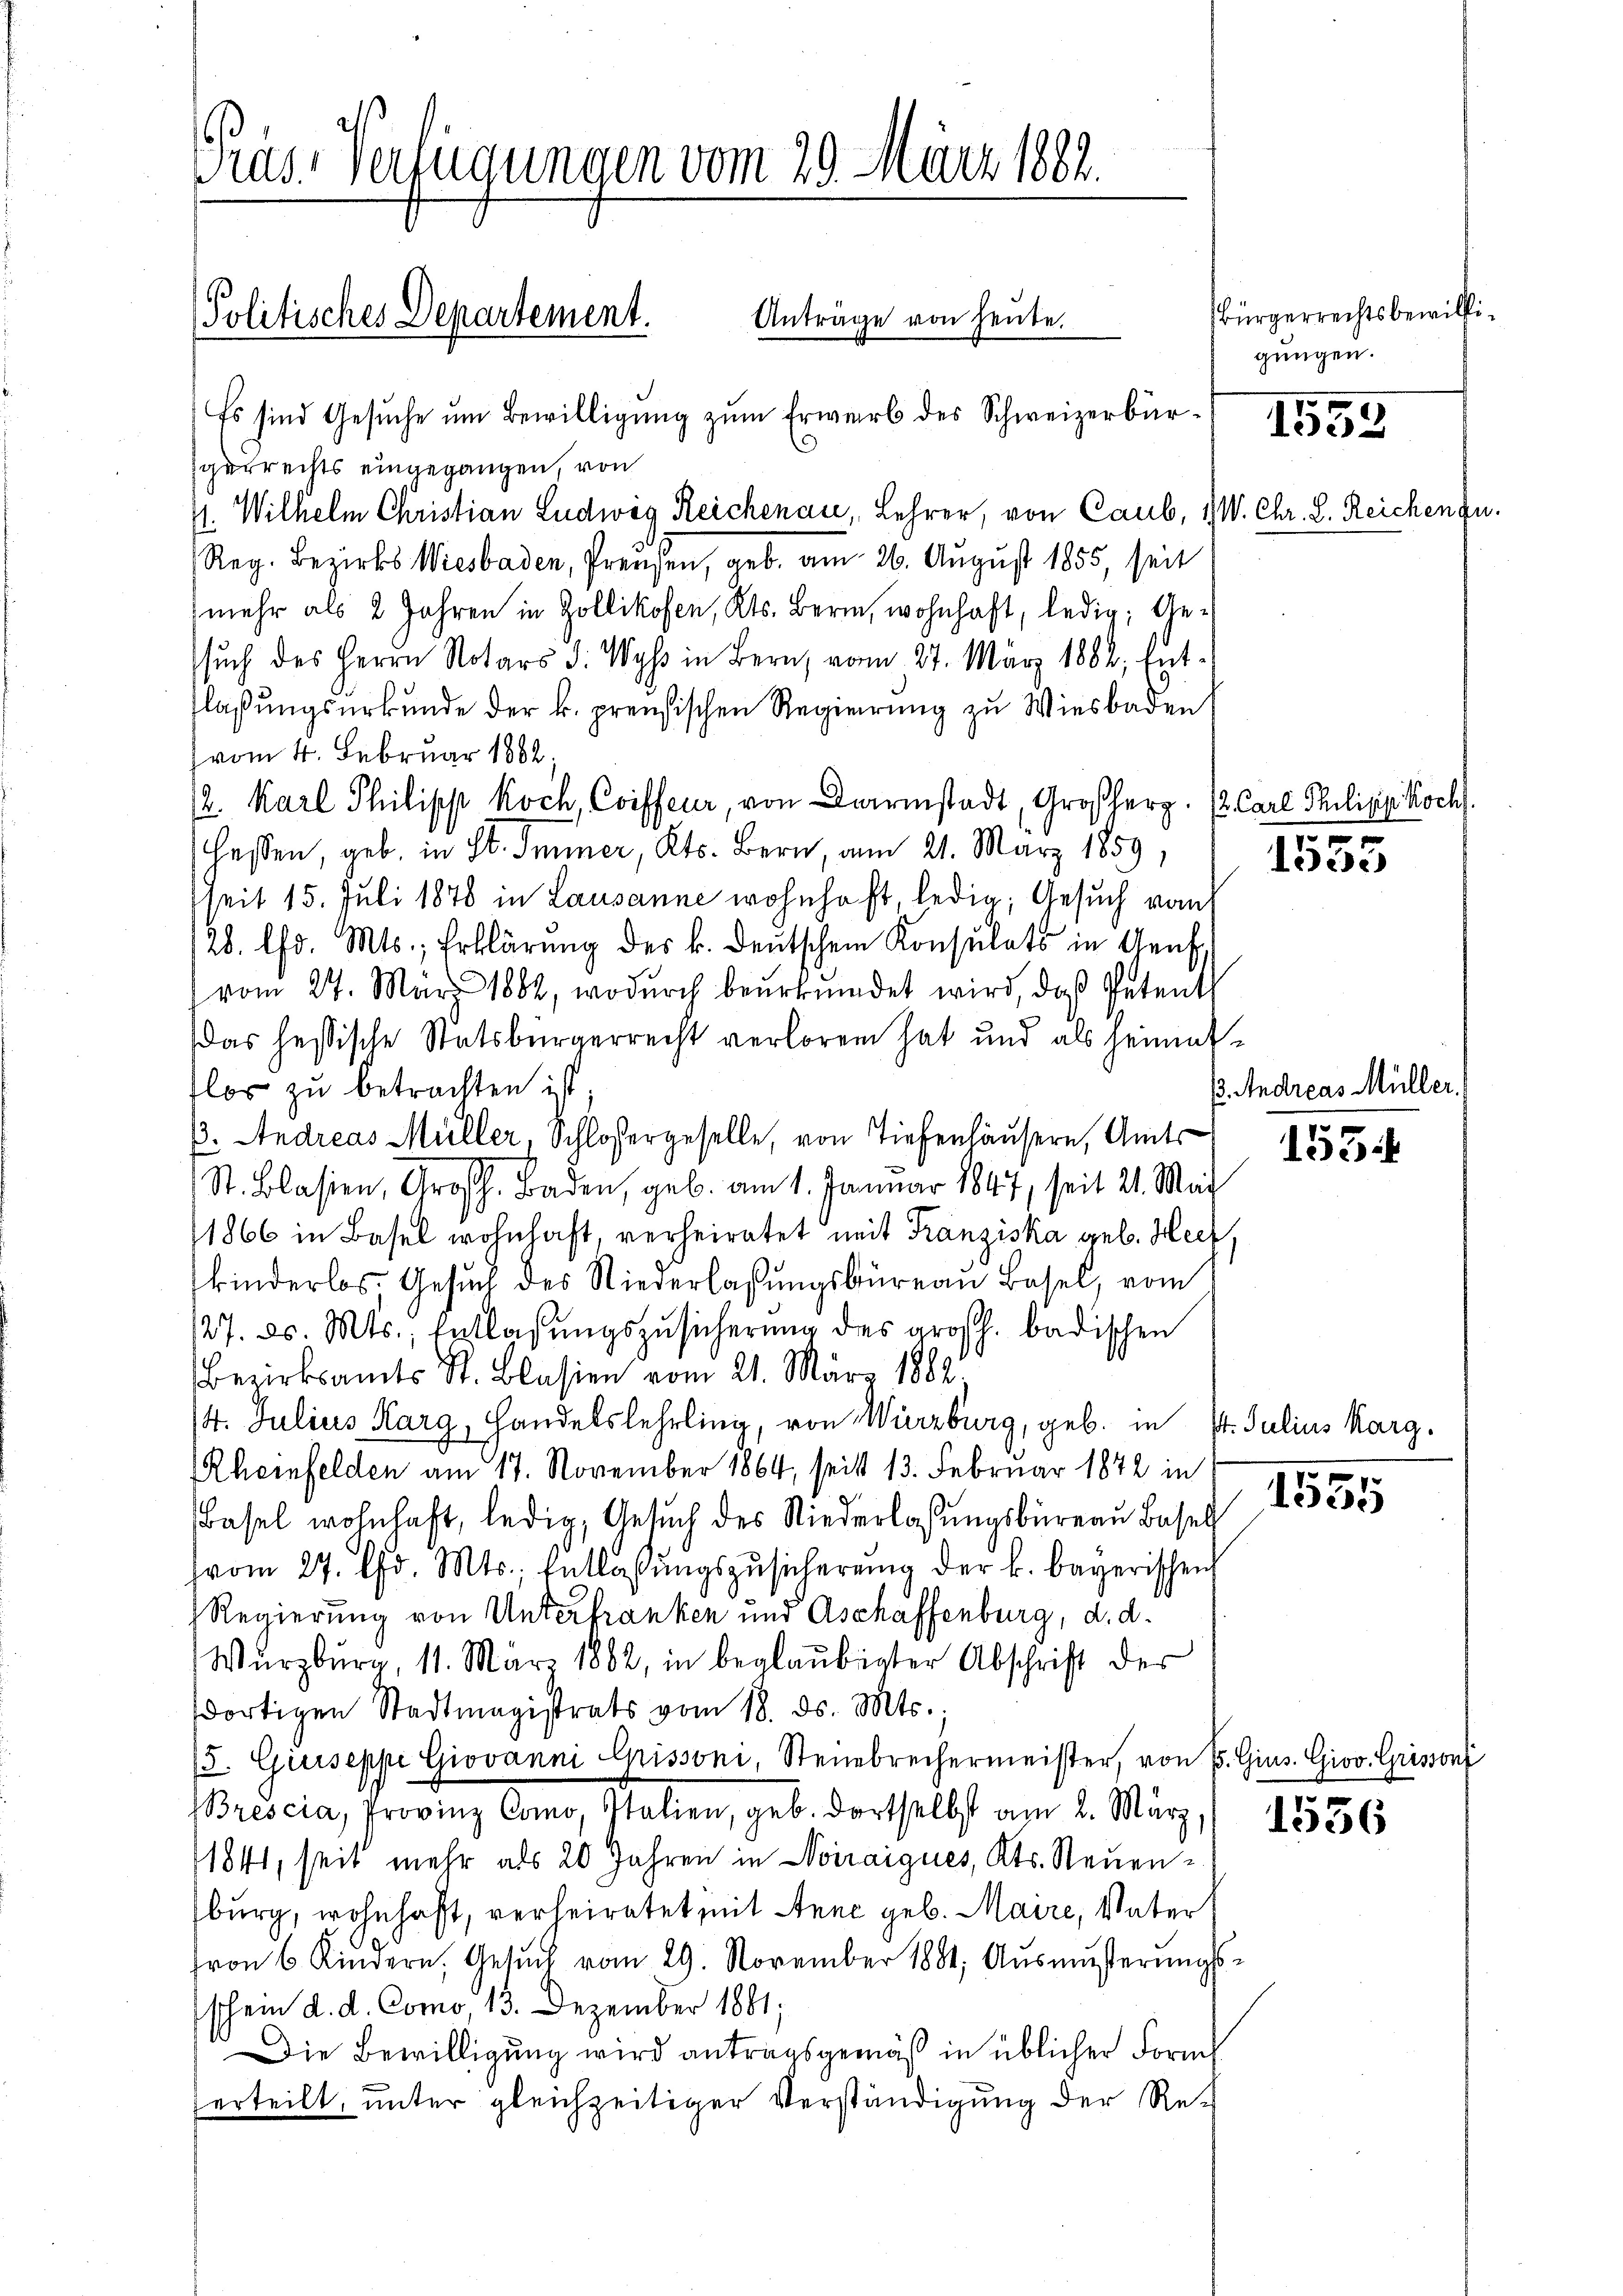
Pras. Verfügungen vom 29. März 1882.

Anträge von heute.
Politisches Departement.

Es sind Gesuche um Bewilligung zum Erwerb des Schweizerbür
gerrechts eingegangen, von
4. Wilhelm Christian Ludwig Reichenau, Lehrer, von Caub, 1 V. Chr. L. Reichen zu.
Reg. Bezirks Wiesbaden, Prenzen, geb. am 26. August 1855, seit
mehr als 2 Jahren in Zollikofen, Kts. Bern, wohnhaft, ledig; Ge-
such des Herrn Notars v. Wyss in Bern, vom 27. März 1882, Entlaßungsurkunde der k. preußischen Regierung zu Wiesbaden,
vom 4. Februar 1882,
12. Karl Philipp Koch, Coiffeur, von Darmstadt, Großherz. 12. Carl Philipp Koch
Hessen, geb. in St. Immer, Kts. Bern, am 21. März 1859,
seit 15. Juli 1876 in Lausanne wohnhaft, ledig, Gesuch vom
128. lfd. Mts., Erklärung des k. deutschen Konsulats in Genf,
vom 24. März 1882, wodŭrch beŭrkŭndet wird, daß Petenth
Das hessische Statsbürgerrecht verloren hat und als heimattlos zu betrachten ist
p. Andreas Müller, Schlossergeselle, von Tiefenhäusern, Amts
St. Blasien, Großh. Baden, geb. am 1. Januar 1847, seit 21. Mai
1866 in Basel wohnhaft, verheiratet mit Franziska geb. Herz,
kinderlos, Gesŭch des Niederlassŭngsbureau Basel, vom
127. ds. Mts., Entlaßungszusicherung des großh. badischen
Bezirksamts St. Blasien vom 21. März 1882.
/4. Julius Marg, Handelslehrling, von Würzburg, geb. in P. Julius karg.
Rheinfelden am 17. November 1864, seit 13. Februar 1872 in
Basel wohnhaft, ledig, Gesuch des Niederlassungsbüreau Basel
vom 27. Chr. Mts. Entlassŭngszŭsicherŭng der k. bayerischen
Regierung von Unterkranken und Aschaffenburg, d. d.
Würzburg, 11. März 1882, in beglaubigter Abschrift der
dortigen Stadtmagistrats vom 18. ds. Mts.
/5. Giuseppe Giovanni Chissoni, Steuebrechermeister, von P. Gius. Giov. Grissons
Brescia, Provinz Como, Italien, geb. dortselbst am 2. März, 1856
1841, seit mehr als 20 Jahren in Noiraigues, Kts. Neuenburg, wohnhaft, verleiratet mit Anne geb. Maire, Vater
von 6 Kindern, Gesŭch vom 29. November 1881, Aŭsmŭsserŭngs-
schein d. d. Como, 13. Dezember 1881;
Die Bewilligung wird antragsgemäß in üblicher Form
erteilt, unter gleichzeitiger Verständigung der Re¬

Bürgerrechtsbewilligungen.

eese

. Andreas Müller,

155.

155